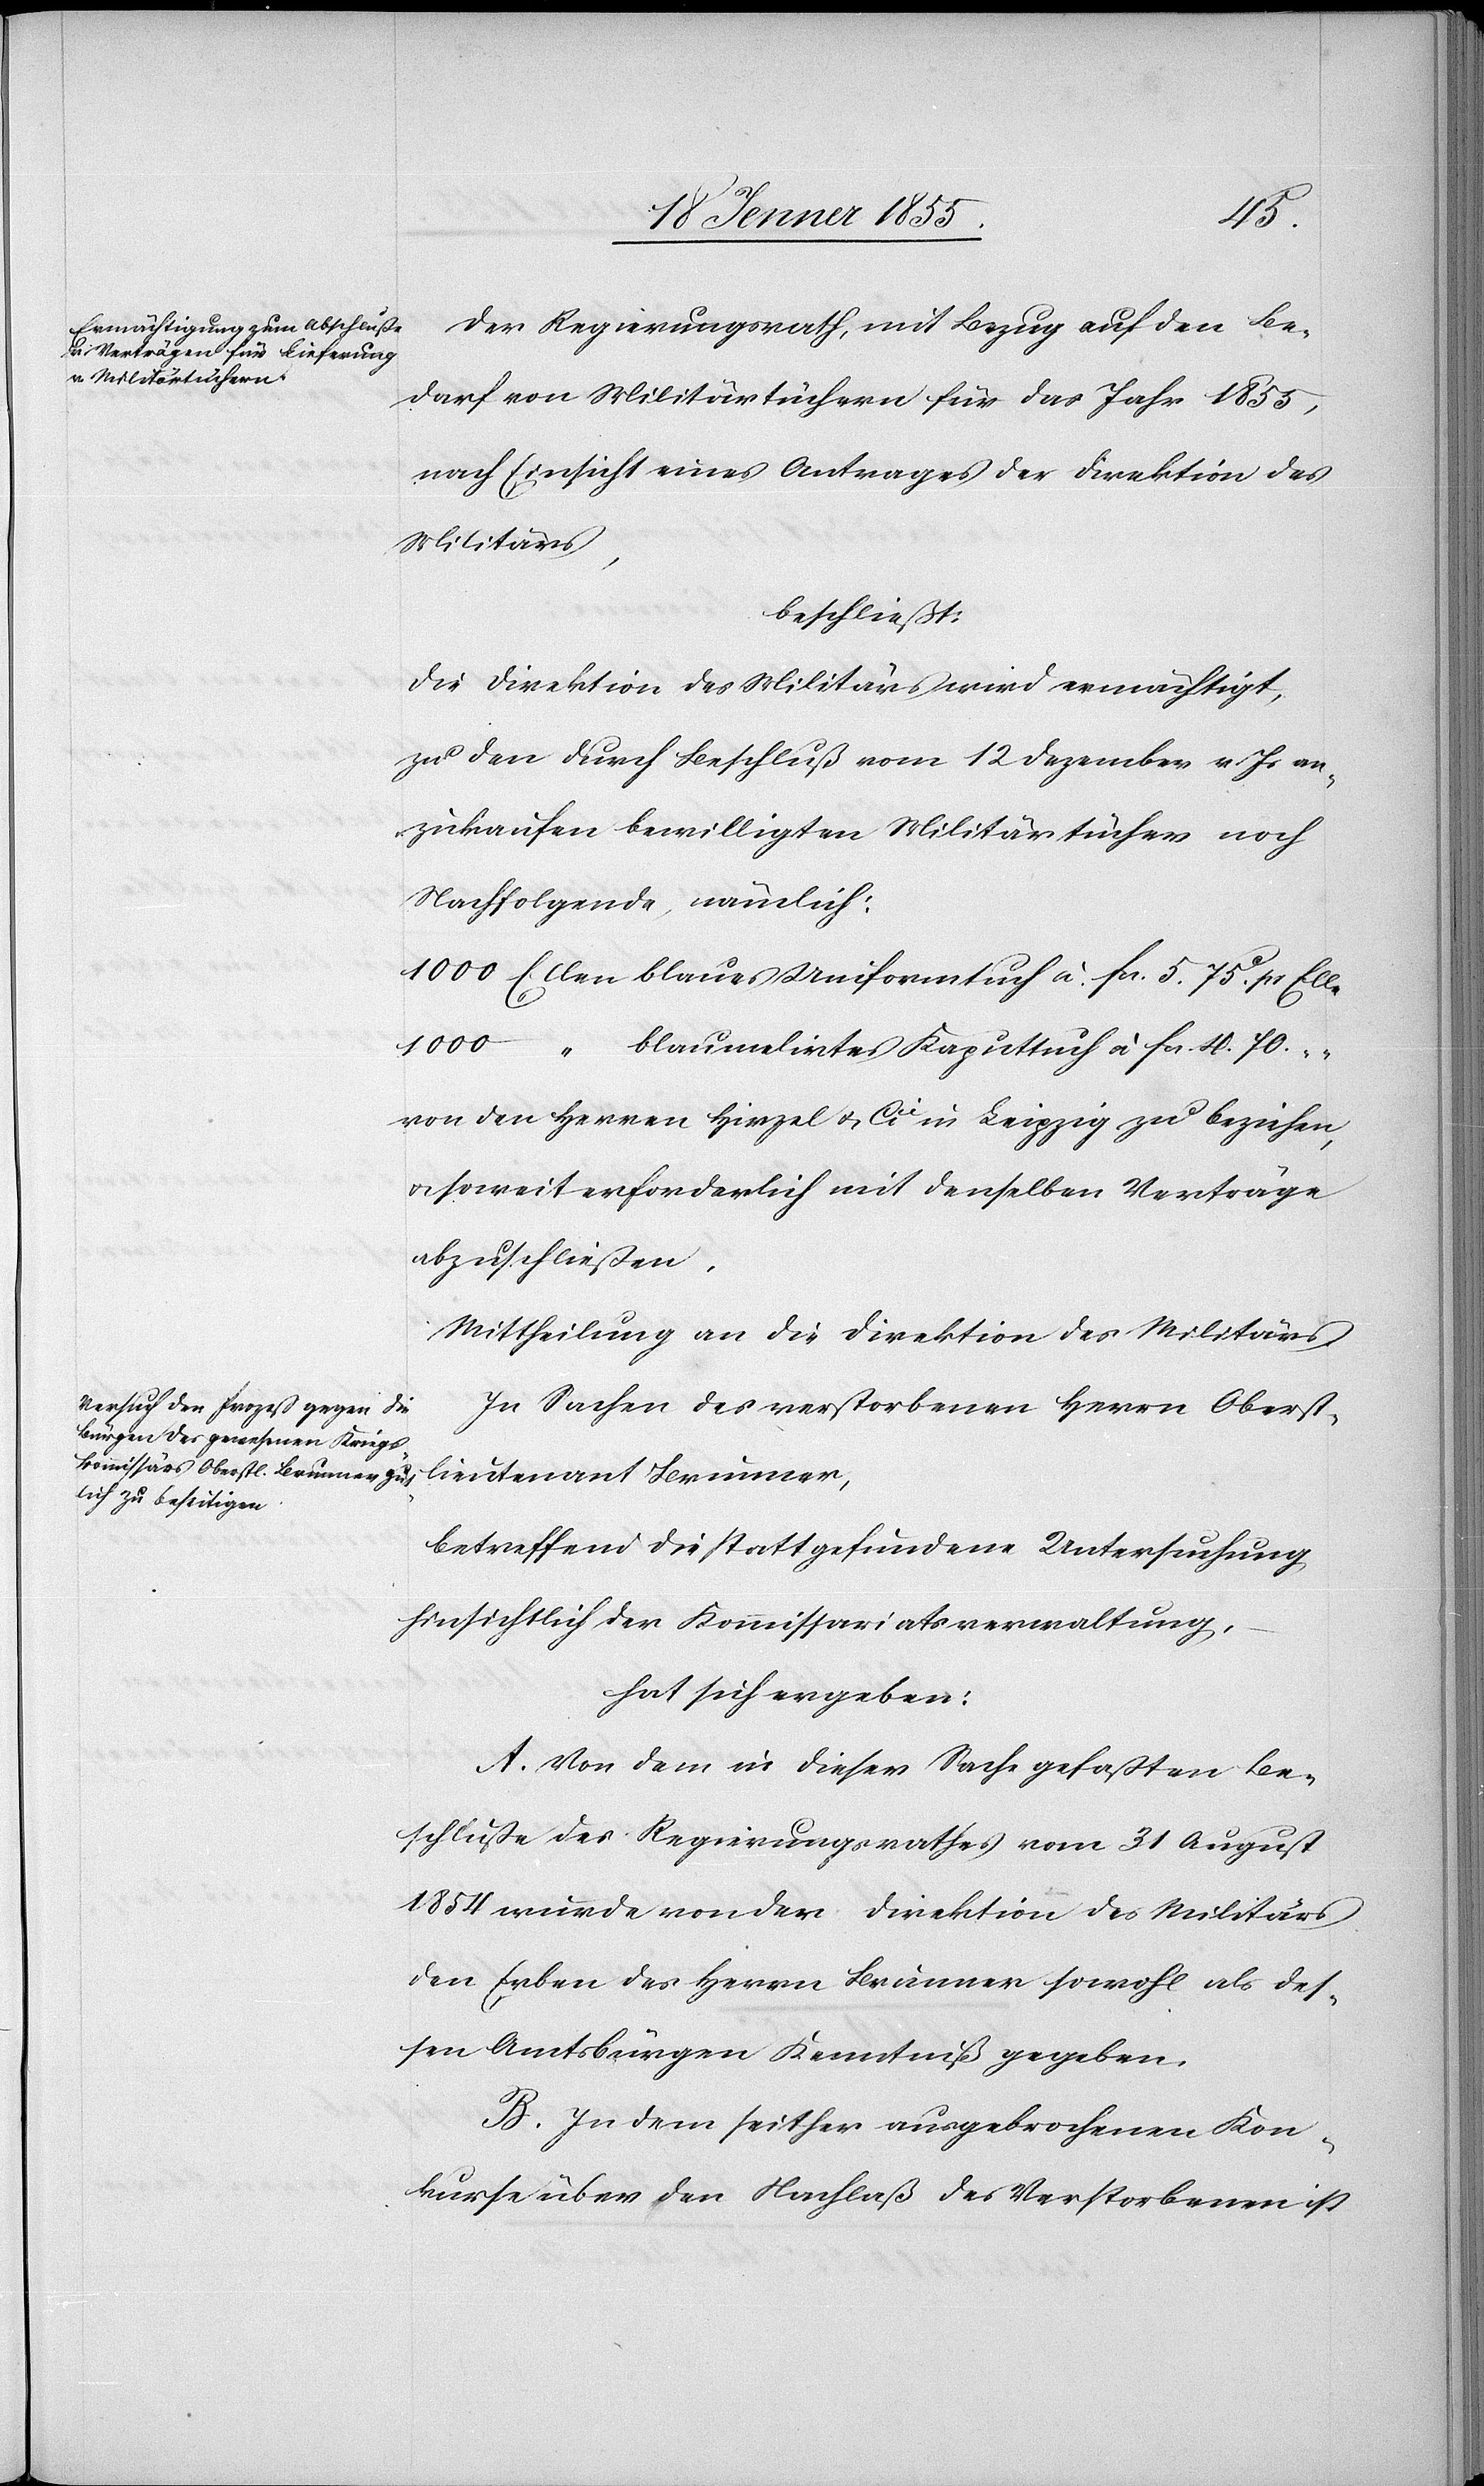
70.
Der Regierungsrath, mit Bezug auf den Be¬
darf von Militärtüchern für das Jahr 1855,
nach Einsicht eines Antrages der Direktion des
Militärs,
beschließt:
Die Direktion des Militärs wird ermächtigt,
zu den durch Beschluß vom 12 Dezember v. Js an¬
zukaufen bewilligten Militärtücher noch
Nachfolgende, nämlich:
von den Herren Hirzel & Cie. in Leipzig zu beziehen,
soweit erforderlich mit denselben Verträge
abzuschließen.
Mittheilung an die Direktion des Militärs.
In Sachen des verstorbenen Herrn Oberst¬
lieutenant Brunner,
betreffend die stattgefundene Untersuchung
hinsichtlich der Kommissariatsverwaltung,
hat sich ergeben:
A. Von dem in dieser Sache gefaßten Be¬
schluße des Regierungsrathes vom 31 August
1854 wurde von der Direktion des Militärs
den Erben des Herrn Brunner sowohl als des¬
sen Amtsbürgen Kenntniß gegeben.
B. In dem seither ausgebrochenen Kon¬
kurse über den Nachlaß des Verstorbenen ist